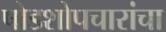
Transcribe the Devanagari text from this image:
षोडशोपचारांचा